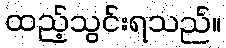
ထည့်သွင်းရသည်။